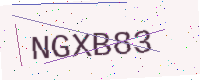
Text: NGXB83